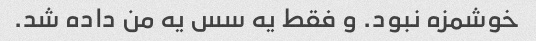
خوشمزه نبود. و فقط یه سس یه من داده شد.